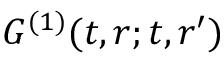
G ^ { ( 1 ) } ( t , \boldsymbol { r } ; t , \boldsymbol { r } ^ { \prime } )